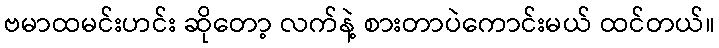
ဗမာထမင်းဟင်း ဆိုတော့ လက်နဲ့ စားတာပဲကောင်းမယ် ထင်တယ်။